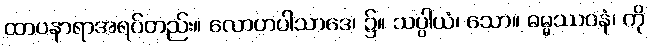
ထာပနာရာအရပ်တည်း။ လောဟပါသာဒေ၊ ၌။ သပ္ပါယံ၊ သော။ ဓမ္မဿဝနံ၊ ကို